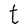
Character: t